Annual report of the Central Committee of the Association together with the report of the directors of the Pasteur Institute at Kasauli
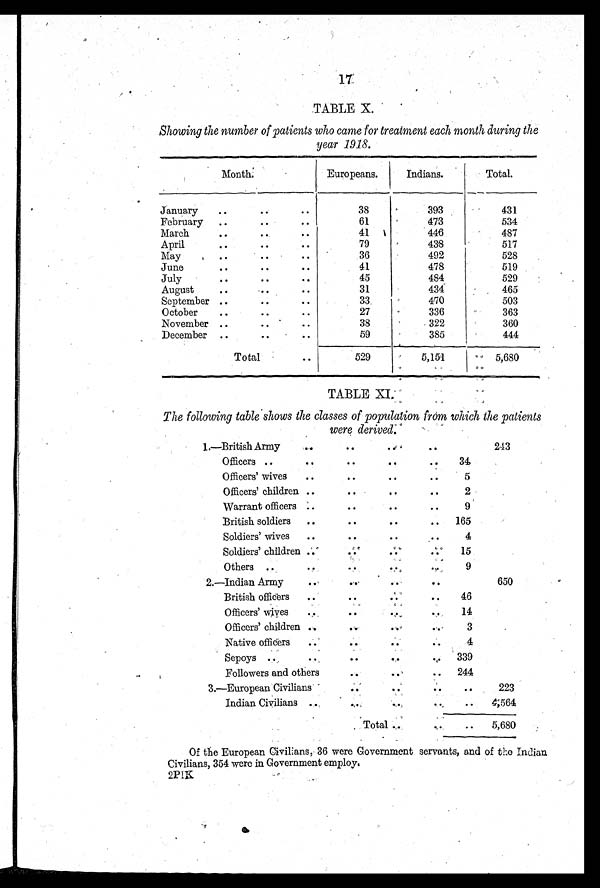
17
TABLE X.
Showing the number of patients who came for treatment each month during the
year 1918 .
M o n t h .
Europeans. Indians.
Total.
January
. .
. .
38
393
431
February
. .
. .
61
473
534
March
. .
. .
. .
41
446
487
April
. .
. .
. .
79
438
517
May
. .
. .
. .
36
492
528
June
. .
. .
. .
41
478
519
July
. .
. .
. .
45
484
529
August
. .
. .
31
434
465
September
. .
. .
. .
33
470
503
October
. .
. .
. .
27
336
363
November
. .
. .
. .
38
322
360
December
. .
. .
. .
59
385
444
Total
. .
529
5,151
5,680
TABLE XI.
The following table shows the classes of population from which the patients
were derived.
1.—British Army
. .
. .
. .
. .
. .
243
Officers
. .
. .
. .
. .
. .
34
Officers' wives . .
. .
. .
. .
5
Officers' children . .
. .
. .
. .
2
Warrant officers
. .
. .
. .
. .
9
British soldiers
. .
. .
. .
. .
165
Soldiers' wives
. .
. .
. .
. .
4
Soldiers' children
. .
. .
. .
. .
15
Others
. .
. .
9
2.—Indian Army
. .
650
British officers
. .
. .
. .
. .
46
Officers' wives . .
. .
14
Officers' children
. .
. .
. .
. .
3
Native officers
. .
. .
. .
. .
4
Sepoys .. .. .. .. ..
339
Followers and others
. .
. .
244
3.—European Civilians
. .
. .
223
Indian Civilians
. .
. .
. . 4,564
Total
. . 5,680
Of the European Civilians, 36 were Government servants, and of the Indian
Civilians, 354 were in Government employ.
2PIK